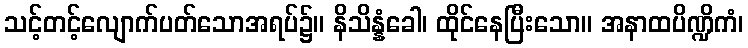
သင့်တင့်လျောက်ပတ်သောအရပ်၌။ နိသိန္နံခေါ၊ ထိုင်နေပြီးသော။ အနာထပိဏ္ဍိကံ၊